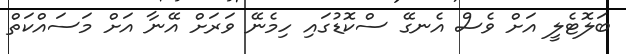
ބަލޮޓެލީ އަށް ވެސް އެނގޭ ސްކޮޑުގައި ހިމެނޭ ވަރަށް އޭނާ އަށް މަސައްކަތް